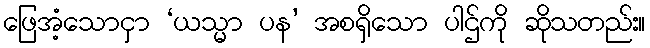
ဖြေအံ့သောငှာ ‘ယသ္မာ ပန’ အစရှိသော ပါဌ်ကို ဆိုသတည်း။